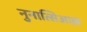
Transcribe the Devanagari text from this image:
नुनात्सिआक़